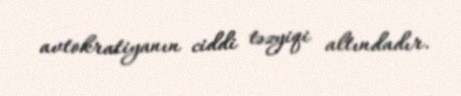
avtokratiyanın ciddi təzyiqi altındadır.